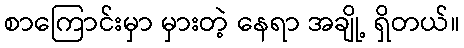
စာကြောင်းမှာ မှားတဲ့ နေရာ အချို့ ရှိတယ်။